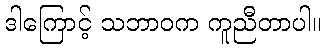
ဒါကြောင့် သဘာဝက ကူညီတာပါ။